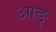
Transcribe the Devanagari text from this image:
आङ्‌